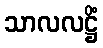
သာလလဋ္ဌိံ